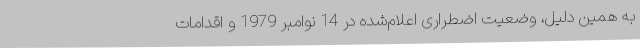
به همین دلیل، وضعیت اضطراری اعلام‌شده در 14 نوامبر 1979 و اقدامات